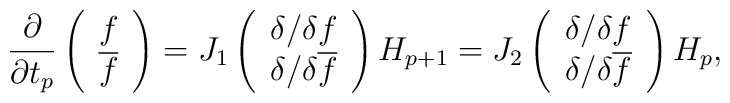
\frac{\partial}{\partial t_p}\left(\begin{array}{cc} f\\{\overline f} \end{array}\right) =J_1\left(\begin{array}{cc} {\delta}/{\delta f} \\{\delta}/{\delta {\overline f}} \end{array}\right) H_{p+1}=J_2\left(\begin{array}{cc} {\delta}/{\delta f} \\{\delta}/{\delta {\overline f}} \end{array}\right) H_{p},